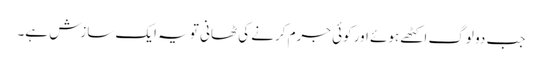
جب دو لوگ اکٹھے ہوئے اور کوئی جرم کرنے کی ٹھانی تو یہ ایک سازش ہے۔